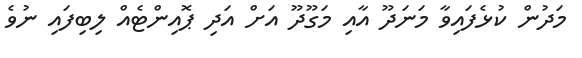
މަދުން ކުޅެފައިވާ މަނަދޫ އާއި މަގޫދޫ އަށް އަދި ޕޮއިންޓެއް ލިބިފައި ނުވެ